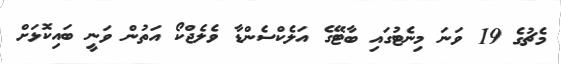
މެޗުގެ 19 ވަނަ މިނެޓުގައި ބާޓޭގެ އަލެކްސެންޑާ ވެލެޖްކޯ އަތުން ވަނީ ބައިކޮޅަށް